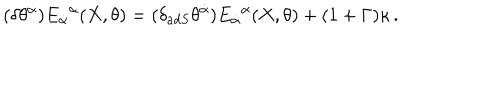
LaTeX: ( \delta \theta ^ { \dot { \alpha } } ) E _ { \dot { \alpha } } { } ^ { \alpha } ( X , \theta ) = ( \delta _ { a d S } \theta ^ { \dot { \alpha } } ) E _ { \dot { \alpha } } { } ^ { \alpha } ( X , \theta ) + ( 1 + \Gamma ) \kappa \, .